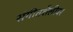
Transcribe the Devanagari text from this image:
संगीतशैलीवर